Report on horse surra - Volume II, Part I
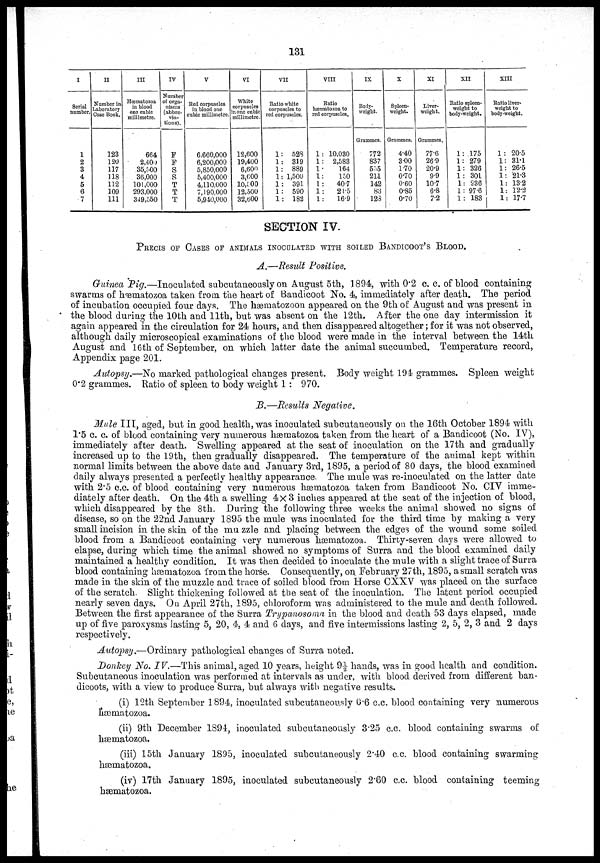
131
I
Serial
number.
1
2
3
4
5
6
7
II
Number in
Laboratory
Case Book.
123
120
117
118
112
109
111
III
Hæmatozoa
in blood
one cubic
millimetre.
664
2,400
35,500
36,000
101,000
293,000
349,550
IV
Number
of orga-
nisms
(abbre-
via-
tions).
F
F
S
S T
T
T
V
Red corpuscles
in blood one
cubic millimetre.
6.660,000
6,200,000
5,850,000
5,400,000
4,110,000
7,190,000
5,940,000
VI
White
corpuscles
in one cubic
millimetre.
12,600
19,400
6,600
3,600
10,500
12,500
32,600
VII
Ratio white
corpuscles to
red corpuscles.
1 : 528
1 : 319
1 : 889
1 : 1,500
1 : 391
1 : 590
1 : 182
VIII
Ratio
hæmatozoa to
red corpuscles.
1 : 10,030
1 : 2,583
1 : 164
1 :
150
1 :
40.7
1 :
21.5
1 :
16.9
IX
Body-
weight.
Grammes.
772
837
555
211
142
83
128
X
Spleen-
weight.
Grammes.
4.40
3.00
1.70
0.70
0.60
0.85
0.70
XI
Liver-
weight.
Grammes.
77.6
26.9
20.9
9.9
10.7
6.8
7.2
XII
Ratio spleen-
weight to
body-weight.
1: 175
1: 279
1: 326
1 : 301
1: 236
1 : 97.6
1 : 183
XIII
Ratio liver-
weight to
body-weight.
1 : 20.5
1: 31.1
1: 26.5
1: 21.3
1: 13.2
1: 12.2
1: 17.7
SECTION IV.
PRECIS OF CASES OF ANIMALS INOCULATED WITH SOILED BANDICOOT'S BLOOD.
A.—Result Positive.
Guinea Pig.—Inoculated subcutaneously on August 5th, 1894, with 0.2 c. c. of blood containing
swarms of hæmatozoa taken from the heart of Bandicoot No. 4, immediately after death. The period
of incubation occupied four days. The hæmatozoon appeared on the 9th of August and was present in
the blood during the 10th and 11th, but was absent on the 12th. After the one day intermission it
again appeared in the circulation for 24 hours, and then disappeared altogether; for it was not observed,
although daily microscopical examinations of the blood were made in the interval between the 14th
August and 16th of September, on which latter date the animal succumbed. Temperature record,
Appendix page 201.
Autopsy.—No marked pathological changes present. Body weight 194 grammes. Spleen weight
0.2 grammes. Ratio of spleen to body weight 1 : 970.
B.—Results Negative.
Mule III, aged, but in good health, was inoculated subcutaneously on the 16th October 1894 with
1.5 c. c. of blood containing very numerous hæmatozoa taken from the heart of a Bandicoot (No. IV),
immediately after death. Swelling appeared at the seat of inoculation on the 17th and gradually
increased up to the 19th, then gradually disappeared. The temperature of the animal kept within
normal limits between the above date and January 3rd, 1895, a period of 80 days, the blood examined
daily always presented a perfectly healthy appearance. The mule was re-inoculated on the latter date
with 2.5 c.c. of blood containing very numerous hæmatozoa taken from Bandicoot No. CIV imme-
diately after death. On the 4th a swelling 4×3 inches appeared at the seat of the injection of blood,
which disappeared by the 8th. During the following three weeks the animal showed no signs of
disease, so on the 22nd January 1895 the mule was inoculated for the third time by making a very
small incision in the skin of the mu zzle and placing between the edges of the wound some soiled
blood from a Bandicoot containing very numerous hæmatozoa. Thirty-seven days were allowed to
elapse, during which time the animal showed no symptoms of Surra and the blood examined daily
maintained a healthy condition. It was then decided to inoculate the mule with a slight trace of Surra
blood containing hæmatozoa from the horse. Consequently, on February 27th, 1895, a small scratch was
made in the skin of the muzzle and trace of soiled blood from Horse CXXV was placed on the surface
of the scratch. Slight thickening followed at the seat of the inoculation. The latent period occupied
nearly seven days. On April 27th, 1895, chloroform was administered to the mule and death followed.
Between the first appearance of the Surra Trypanosoma in the blood and death 53 days elapsed, made
up of five paroxysms lasting 5, 20, 4, 4 and 6 days, and five intermissions lasting 2, 5, 2, 3 and 2 days
respectively.
Autopsy.—Ordinary pathological changes of Surra noted.
Donkey No. IV.—This animal, aged 10 years, height 9½ hands, was in good health and condition.
Subcutaneous inoculation was performed at intervals as under, with blood derived from different ban-
dicoots, with a view to produce Surra, but always with negative results.
(i) 12th September 1894, inoculated subcutaneously 0.6 c.c. blood containing very numerous
hæmatozoa.
(ii) 9th December 1894, inoculated subcutaneously 3.25 c.c. blood containing swarms of
hæmatozoa.
(iii) 15th January 1895, inoculated subcutaneously 2.40 c.c. blood containing swarming
hæmatozoa.
(iv) 17th January 1895, inoculated subcutaneously 2.60 c.c. blood containing teeming
hæmatozoa.